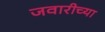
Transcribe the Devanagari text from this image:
जवारीच्या